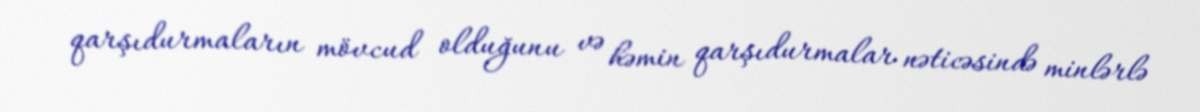
qarşıdurmaların mövcud olduğunu və həmin qarşıdurmalar nəticəsində minlərlə